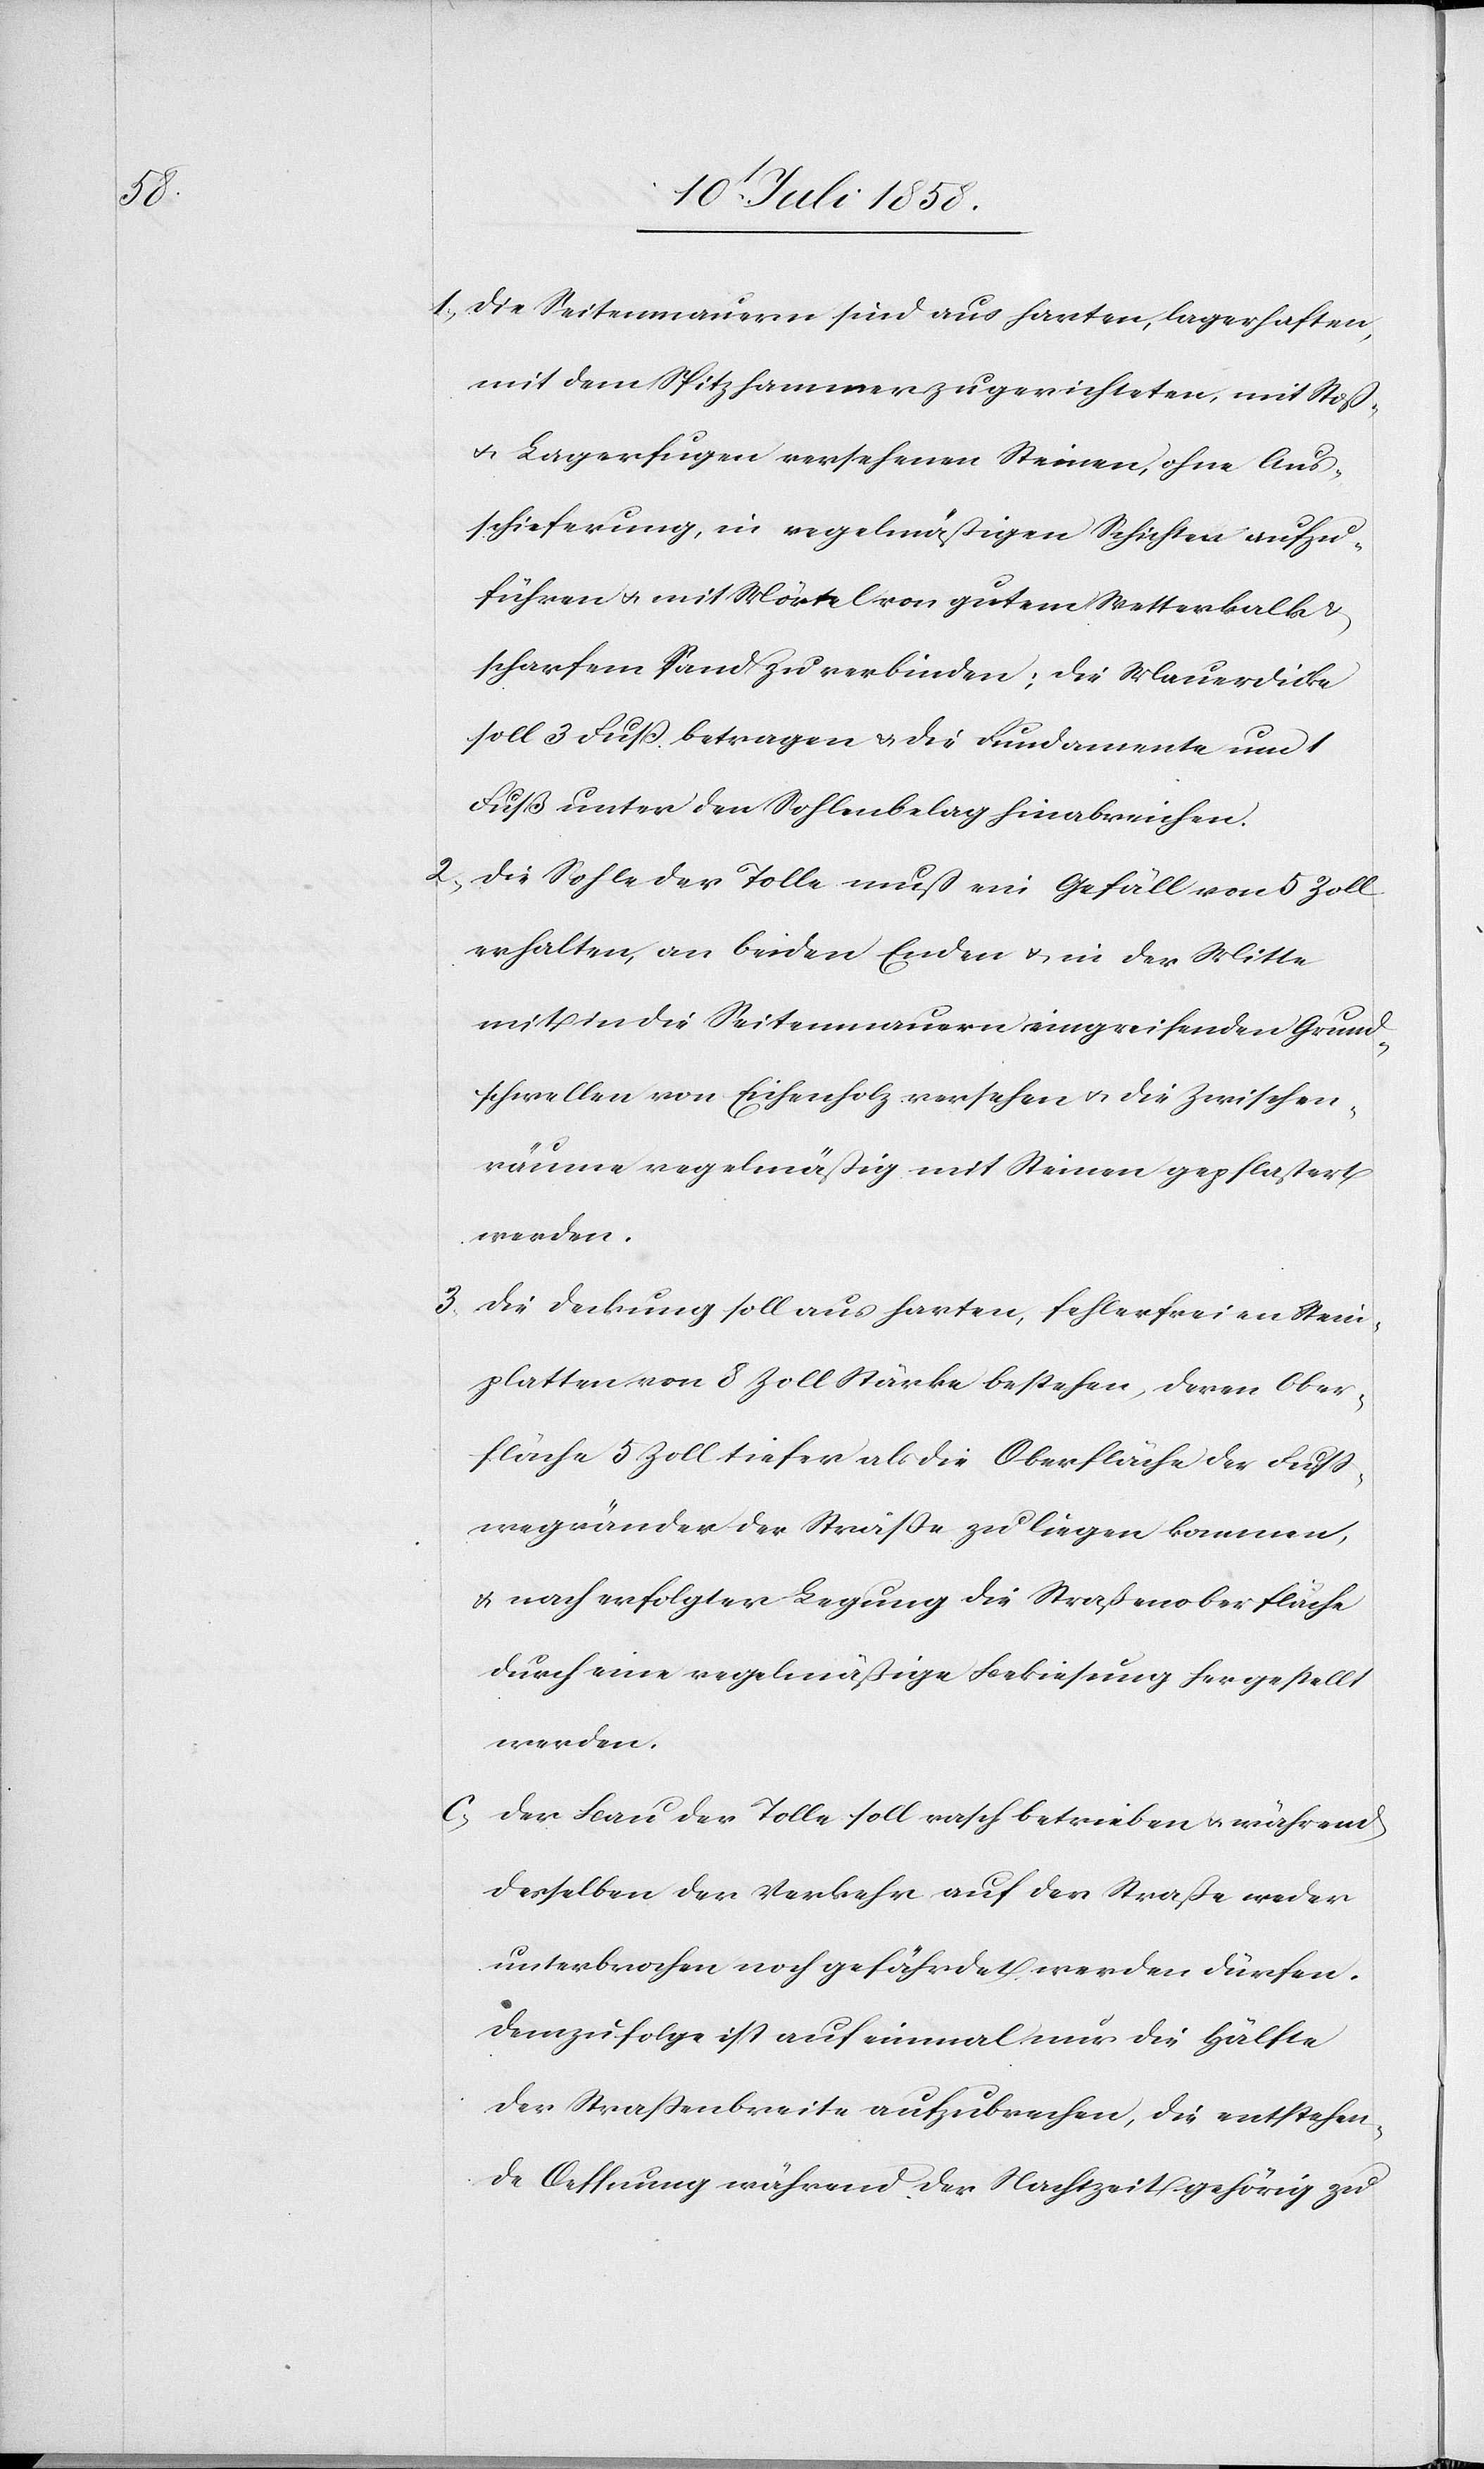
3.

Die Seitenmauern sind aus harten, lagerhaften,
mit dem Spitzhammer zugerichteten, mit Stoß-
& Lagerfugen versehenen Steinen, ohne Aus¬
schieferung, in regelmäßigen Schichten aufzu¬
führen & mit Mörtel von gutem Wetterkalk
scharfem Sand zu verbinden; die Mauerdicke
soll 3 Fuss betragen & die Fundamente um 1
Fuss unter den Sohlenbelag hinabreichen.
Die Sohle der Tolle muß ein Gefäll von 5 Zoll
erhalten, an beiden Enden & in der Mitte
mit in die Seitenmauern eingreifenden Grund¬
schwellen von Eichenholz versehen & die Zwischen¬
räume regelmäßig mit Steinen gepflastert
werden.
Die Deckung soll aus harten, fehlerfreien Stein¬
platten von 8 Zoll Stärke bestehen, deren Ober¬
fläche 5 Zoll tiefer als die Oberfläche der Fuss¬
wegränder der Strasse zu liegen kommen,
& nach erfolgter Legung die Straßenoberfläche
durch eine regelmäßige Bekiesung hergestellt
werden.
Der Bau der Tolle soll rasch betrieben & während
desselben der Verkehr auf der Straße weder
unterbrochen noch gefährdet werden dürfen.
Demzufolge ist auf einmal nur die Hälfte
der Strassenbreite aufzubrechen, die entstehen¬
de Oeffnung während der Nachtzeit gehörig zu